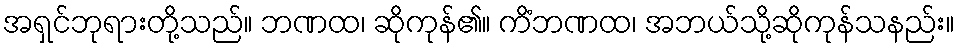
အရှင်ဘုရားတို့သည်။ ဘဏထ၊ ဆိုကုန်၏။ ကိံဘဏထ၊ အဘယ်သို့ဆိုကုန်သနည်း။